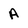
Character: A